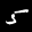
Label: 5